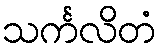
သင်္ကလိတံ